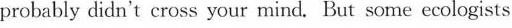
probably didn't eross your mind. But some ecologists